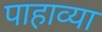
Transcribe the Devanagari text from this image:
पाहाव्या